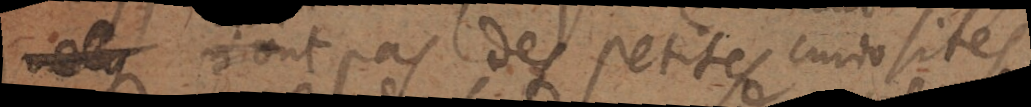
n’y n’ont pas des petites curiosités